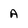
Character: A